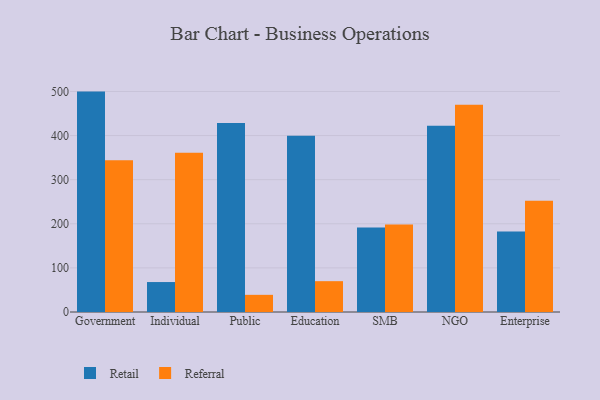
{"axis": {"x": "Segment", "y": "Budget (USD K)"}, "legend": ["Referral", "Retail"], "data": [{"x": "Government", "y": 499.7, "type": "Retail"}, {"x": "Government", "y": 343.8, "type": "Referral"}, {"x": "Individual", "y": 67.9, "type": "Retail"}, {"x": "Individual", "y": 361.2, "type": "Referral"}, {"x": "Public", "y": 428.6, "type": "Retail"}, {"x": "Public", "y": 38.9, "type": "Referral"}, {"x": "Education", "y": 399.7, "type": "Retail"}, {"x": "Education", "y": 69.9, "type": "Referral"}, {"x": "SMB", "y": 191.7, "type": "Retail"}, {"x": "SMB", "y": 198.6, "type": "Referral"}, {"x": "NGO", "y": 422.2, "type": "Retail"}, {"x": "NGO", "y": 469.8, "type": "Referral"}, {"x": "Enterprise", "y": 182.5, "type": "Retail"}, {"x": "Enterprise", "y": 252.3, "type": "Referral"}]}